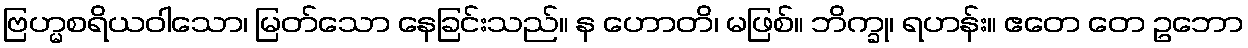
ဗြဟ္မစရိယဝါသော၊ မြတ်သော နေခြင်းသည်။ န ဟောတိ၊ မဖြစ်။ ဘိက္ခု၊ ရဟန်း။ ဧတေ တေ ဥဘော